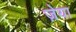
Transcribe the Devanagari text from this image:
ज़ेया